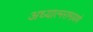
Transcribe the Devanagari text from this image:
अध्यात्मरामायणे